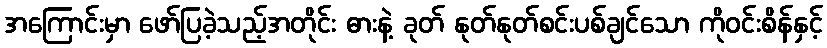
အကြောင်းမှာ ဖော်ပြခဲ့သည့်အတိုင်း ဓားနဲ့ ခုတ် နုတ်နုတ်စင်းပစ်ချင်သော ကိုဝင်းစိန်နှင့်